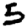
Digit: 5